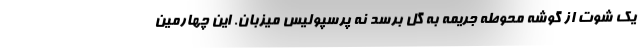
یک شوت از گوشه محوطه جریمه به گل برسد نه پرسپولیس میزبان. این چهارمین